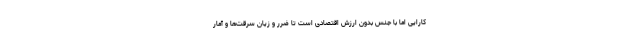
کارایی اما با جنس بدون ارزش اقتصادی است تا ضرر و زیان سرقت‌ها و آمار